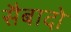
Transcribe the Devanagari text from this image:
सैबादो